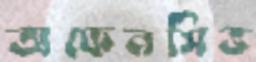
অফেনসিভ